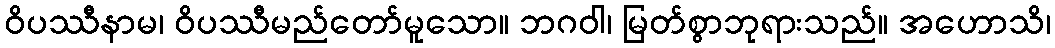
ဝိပဿီနာမ၊ ဝိပဿီမည်တော်မူသော။ ဘဂဝါ၊ မြတ်စွာဘုရားသည်။ အဟောသိ၊